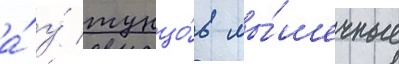
а́ у́ тунцо́в мы́шечные